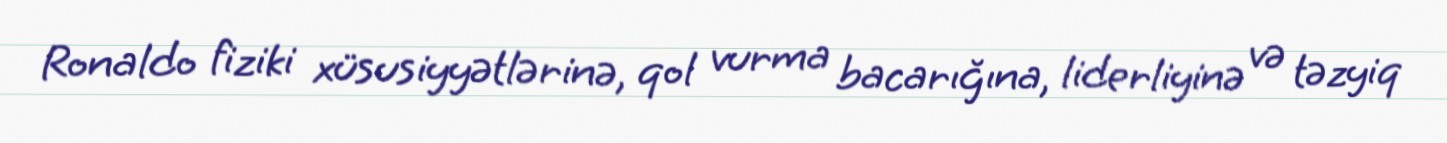
Ronaldo fiziki xüsusiyyətlərinə, qol vurma bacarığına, liderliyinə və təzyiq